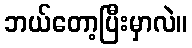
ဘယ်တော့ပြီးမှာလဲ။